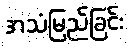
အသံမြည်ခြင်း